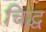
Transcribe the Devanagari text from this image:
चिद्ध